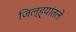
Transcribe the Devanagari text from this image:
जिल्ह्यांतले